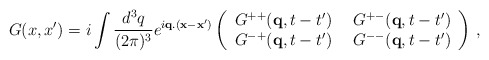
\begin{align*}G(x,x') = i \int \frac{d^3 q}{(2 \pi)^3} e^{i {\bf q} . ({\bf x} - {\bf x}')}\left(\begin{array}{ll}G^{++}({\bf q}, t- t') & \:\: G^{+-}({\bf q}, t-t') \\G^{-+}({\bf q}, t- t') & \:\: G^{--}({\bf q}, t-t')\end{array}\right) \: ,\end{align*}